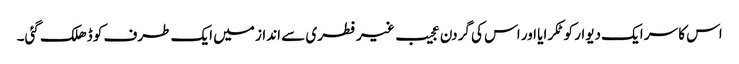
اس کا سر ایک دیوار کو ٹکرایا اور اس کی گردن عجیب غیر فطری سے انداز میں ایک طرف کو ڈھلک گئی۔